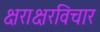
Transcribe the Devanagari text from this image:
क्षराक्षरविचार